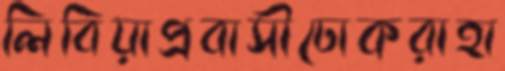
লিবিয়াপ্রবাসীঢোকরাহা